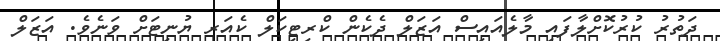
ދަތުރު ކުރުކޮށްލާފައި މާލެއައިސް އަޒަލް ދެކެން ކްރިޓިކަލް ކެއަރ ޔުނިޓަށް ވަނެވެ. އަޒަލް